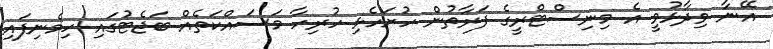
އޭނާ ވިދާޅުވީ އެ މިނިސްޓްރީގެ ފަރާތުން ހުށަހެޅި ހުރިހާ މަސައްކަތެއް ބަޖެޓުގައި ހިމެނިފައި